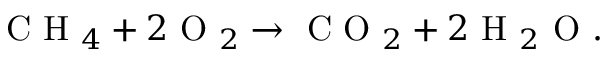
\begin{array} { r } { \mathrm { ~ C ~ H ~ } _ { 4 } + 2 \mathrm { ~ O ~ } _ { 2 } \rightarrow \mathrm { ~ C ~ O ~ } _ { 2 } + 2 \mathrm { ~ H ~ } _ { 2 } \mathrm { ~ O ~ } . } \end{array}